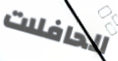
الحافلات